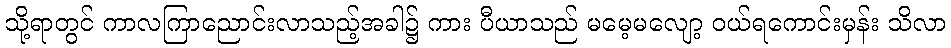
သို့ရာတွင် ကာလကြာညောင်းလာသည့်အခါ၌ ကား ပီယာသည် မမေ့မလျော့ ဝယ်ရကောင်းမှန်း သိလာ